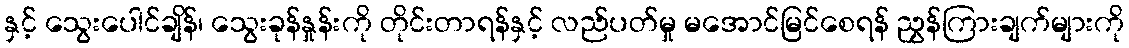
နှင့် သွေးပေါင်ချိန်၊ သွေးခုန်နှုန်းကို တိုင်းတာရန်နှင့် လည်ပတ်မှု မအောင်မြင်စေရန် ညွှန်ကြားချက်များကို